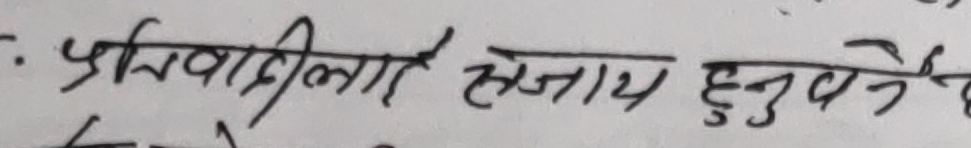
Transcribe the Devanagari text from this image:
प्रतिवादीलाई सजाय हुनुपर्ने